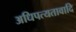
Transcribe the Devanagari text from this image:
अधिपत्यतावादि